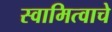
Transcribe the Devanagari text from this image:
स्वामित्वाचे